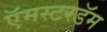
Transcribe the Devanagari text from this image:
ऍमस्टरडॅम